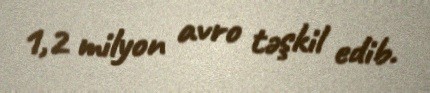
1,2 milyon avro təşkil edib.